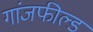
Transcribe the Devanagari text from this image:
गांजफील्ड